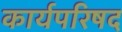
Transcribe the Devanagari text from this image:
कार्यपरिषद